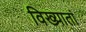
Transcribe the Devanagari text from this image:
विख्यातां